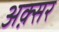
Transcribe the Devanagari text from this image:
अक़्सर